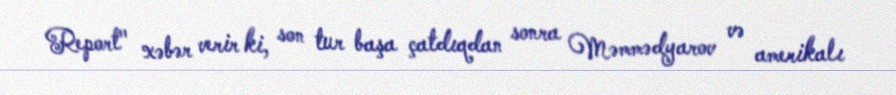
Report" xəbər verir ki, son tur başa çatdıqdan sonra Məmmədyarov və amerikalı